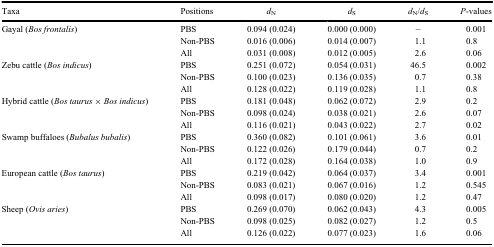
<table><thead><tr><td><b>Taxa</b></td><td><b>Positions</b></td><td><b><i>d</i><sub>N</sub></b></td><td><b><i>d</i><sub>S</sub></b></td><td><b><i>d</i><sub>N</sub>/<i>d</i><sub>S</sub></b></td><td><b><i>P</i>-values</b></td></tr></thead><tbody><tr><td>Gayal (<i>Bos frontalis</i>)</td><td>PBS</td><td>0.094 (0.024)</td><td>0.000 (0.000)</td><td>–</td><td>0.001</td></tr><tr><td> </td><td>Non-PBS</td><td>0.016 (0.006)</td><td>0.014 (0.007)</td><td>1.1</td><td>0.8</td></tr><tr><td> </td><td>All</td><td>0.031 (0.008)</td><td>0.012 (0.005)</td><td>2.6</td><td>0.06</td></tr><tr><td>Zebu cattle (<i>Bos indicus</i>)</td><td>PBS</td><td>0.251 (0.072)</td><td>0.054 (0.031)</td><td>46.5</td><td>0.002</td></tr><tr><td> </td><td>Non-PBS</td><td>0.100 (0.023)</td><td>0.136 (0.035)</td><td>0.7</td><td>0.38</td></tr><tr><td> </td><td>All</td><td>0.128 (0.022)</td><td>0.119 (0.028)</td><td>1.1</td><td>0.8</td></tr><tr><td>Hybrid cattle (<i>Bos taurus</i> × <i>Bos indicus</i>)</td><td>PBS</td><td>0.181 (0.048)</td><td>0.062 (0.072)</td><td>2.9</td><td>0.2</td></tr><tr><td> </td><td>Non-PBS</td><td>0.098 (0.024)</td><td>0.038 (0.021)</td><td>2.6</td><td>0.07</td></tr><tr><td> </td><td>All</td><td>0.116 (0.021)</td><td>0.043 (0.022)</td><td>2.7</td><td>0.02</td></tr><tr><td>Swamp buffaloes (<i>Bubalus bubalis</i>)</td><td>PBS</td><td>0.360 (0.082)</td><td>0.101 (0.061)</td><td>3.6</td><td>0.01</td></tr><tr><td> </td><td>Non-PBS</td><td>0.122 (0.026)</td><td>0.179 (0.044)</td><td>0.7</td><td>0.2</td></tr><tr><td> </td><td>All</td><td>0.172 (0.028)</td><td>0.164 (0.038)</td><td>1.0</td><td>0.9</td></tr><tr><td>European cattle (<i>Bos taurus</i>)</td><td>PBS</td><td>0.219 (0.042)</td><td>0.064 (0.037)</td><td>3.4</td><td>0.001</td></tr><tr><td> </td><td>Non-PBS</td><td>0.083 (0.021)</td><td>0.067 (0.016)</td><td>1.2</td><td>0.545</td></tr><tr><td> </td><td>All</td><td>0.098 (0.017)</td><td>0.080 (0.020)</td><td>1.2</td><td>0.47</td></tr><tr><td>Sheep (<i>Ovis aries</i>)</td><td>PBS</td><td>0.269 (0.070)</td><td>0.062 (0.043)</td><td>4.3</td><td>0.005</td></tr><tr><td> </td><td>Non-PBS</td><td>0.098 (0.025)</td><td>0.082 (0.027)</td><td>1.2</td><td>0.5</td></tr><tr><td> </td><td>All</td><td>0.126 (0.022)</td><td>0.077 (0.023)</td><td>1.6</td><td>0.06</td></tr></tbody></table>